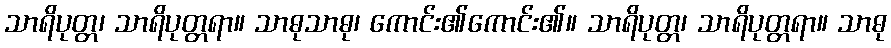
သာရိပုတ္တ၊ သာရိပုတ္တရာ။ သာဓုသာဓု၊ ကောင်း၏ကောင်း၏။ သာရိပုတ္တ၊ သာရိပုတ္တရာ။ သာဓု